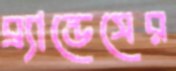
ব্র্যান্ডেসের